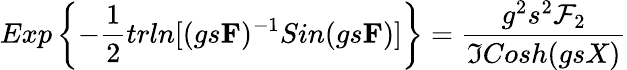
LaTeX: Exp\left\{ -\frac{1}{2}trln[(gs{\mathbf F})^{-1}Sin(gs{\mathbf F})]\right\} =\frac{g^{2}s^{2}{\cal F}_{2}}{\Im Cosh(gsX)}